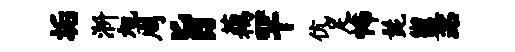
垢淅旭周旨藕罕伉足怖髭盥站